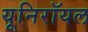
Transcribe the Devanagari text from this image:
यूनिरॉयल